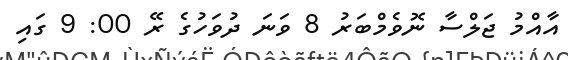
އާއްމު ޖަލްސާ ނޮވެމްބަރު 8 ވަނަ ދުވަހުގެ ރޭ 00: 9 ގައި